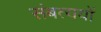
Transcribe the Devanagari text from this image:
संबत्ययों